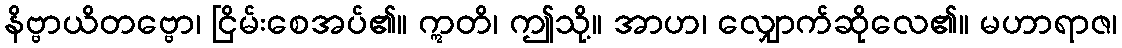
နိဗ္ဗာယိတဗ္ဗော၊ ငြိမ်းစေအပ်၏။ ဣတိ၊ ဤသို့။ အာဟ၊ လျှောက်ဆိုလေ၏။ မဟာရာဇ၊